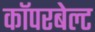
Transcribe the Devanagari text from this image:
कॉपरबेल्ट